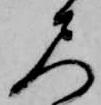
尺